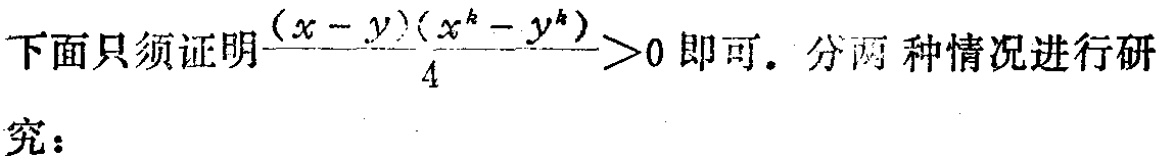
下面只须证明$\frac{(x - y)(x^{k} - y^{k})}{4}>0$即可。分两种情况进行研究：